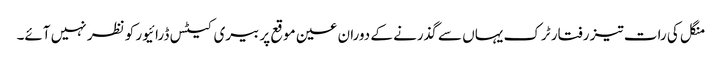
منگل کی رات تیز رفتار ٹرک یہاں سے گذرنے کے دوران عین موقع پر بیری کیٹس ڈرائیور کو نظر نہیں آئے۔